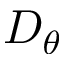
D _ { \theta }